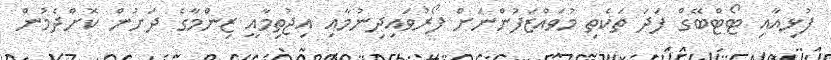
ފުޅިއާއި ޓޯޓްބޭގް ފަދަ ތަކެތި މުވައްޒަފުންނަށް ފޯރުވައިދިނުމާއި އިޖުތިމާއީ ޒިންމާގެ ދަށުން ކޮށްދެމުން